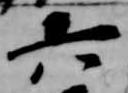
六